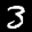
Label: 3